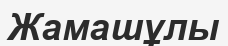
Жамашұлы